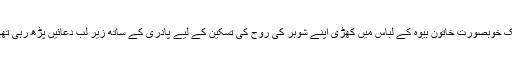
ایک خوبصورت خاتون بیوہ کے لباس میں کھڑی اپنے شوہر کی روح کی تسکین کے لیے پادری کے ساتھ زیر لب دعائیں پڑھ رہی تھی۔